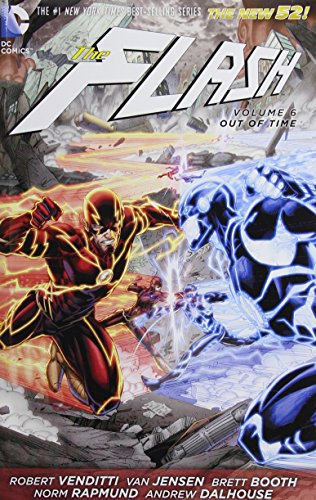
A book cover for The Flash Vol. 6: Out of Time (The New 52); Robert Venditti; Comics & Graphic Novels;